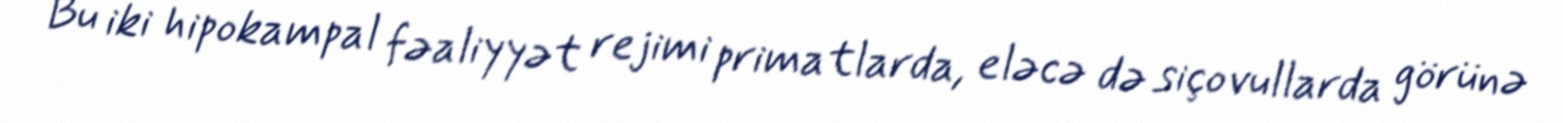
Bu iki hipokampal fəaliyyət rejimi primatlarda, eləcə də siçovullarda görünə